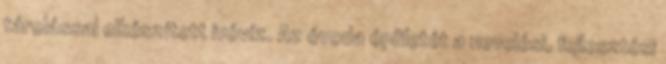
tárolással elkészített ivóvíz. Az óvoda épületét a nevelési, fejlesztési